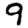
Digit: 9